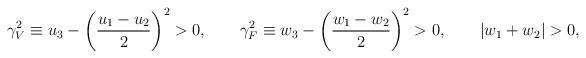
LaTeX: \begin{align*}\gamma_V^2\equiv u_3-\left(\frac{u_1-u_2}{2}\right)^2>0,\qquad\gamma_F^2\equiv w_3-\left(\frac{w_1-w_2}{2}\right)^2>0,\qquad\left|w_1+w_2\right| > 0, \end{align*}